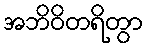
အဘိဝိတရိတွာ